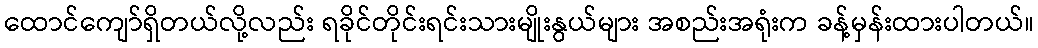
ထောင်ကျော်ရှိတယ်လို့လည်း ရခိုင်တိုင်းရင်းသားမျိုးနွယ်များ အစည်းအရုံးက ခန့်မှန်းထားပါတယ်။